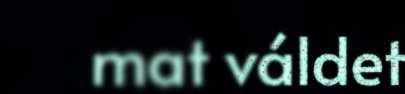
mat váldet